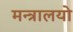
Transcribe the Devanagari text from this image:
मन्त्रालयो